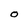
Character: o